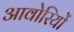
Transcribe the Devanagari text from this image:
आवोरियों